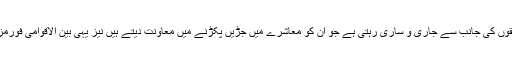
ان کی حمایت و آبیاری مسلسل متعدد سماجی حلقوں کی جانب سے جاری و ساری رہتی ہے جو ان کو معاشرے میں جڑیں پکڑنے میں معاونت دیتے ہیں نیز یہی بین الاقوامی فورمز اور عالمی میڈیا پر ان کی زبان بھی بنتے ہیں۔